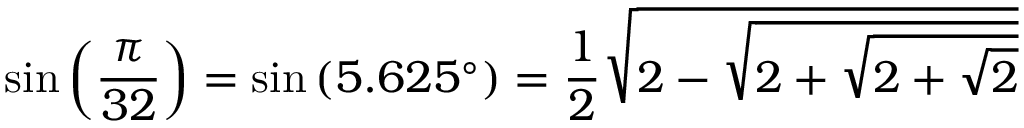
\sin \left( { \frac { \pi } { 3 2 } } \right) = \sin \left( 5 . 6 2 5 ^ { \circ } \right) = { \frac { 1 } { 2 } } { \sqrt { 2 - { \sqrt { 2 + { \sqrt { 2 + { \sqrt { 2 } } } } } } } }